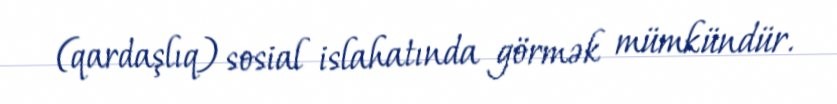
(qardaşlıq) sosial islahatında görmək mümkündür.